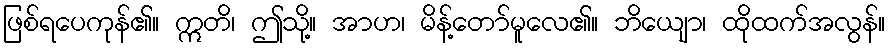
ဖြစ်ရပေကုန်၏။ ဣတိ၊ ဤသို့။ အာဟ၊ မိန့်တော်မူလေ၏။ ဘိယျော၊ ထိုထက်အလွန်။